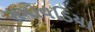
સમોવડિયા